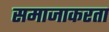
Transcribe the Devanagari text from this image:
समाजाकरता